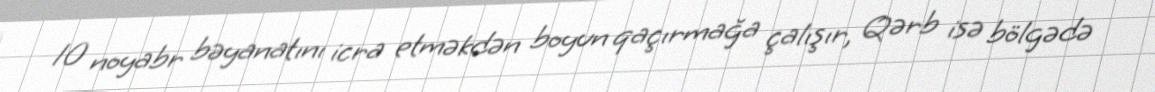
10 noyabr bəyanatını icra etməkdən boyun qaçırmağa çalışır, Qərb isə bölgədə